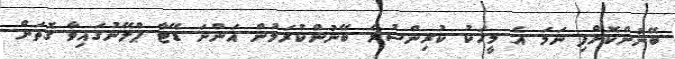
ބޭނުންކޮށްފި ނަމަ އެ މީހަކު ކުރިންސުރެ ބޭނުންކުރަމުން އަންނަ ޑޭޓާ ޕްލޭނުގައިވާ ގޮތަށް